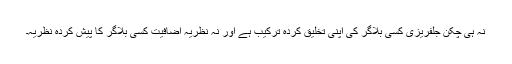
نہ ہی چکن جلفریزی کسی بلاگر کی اپنی تخلیق کردہ ترکیب ہے اور نہ نظریہ اضافیت کسی بلاگر کا پیش کردہ نظریہ۔